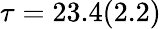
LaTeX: \tau=23.4(2.2)